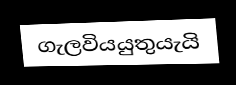
ගැලවියයුතුයැයි